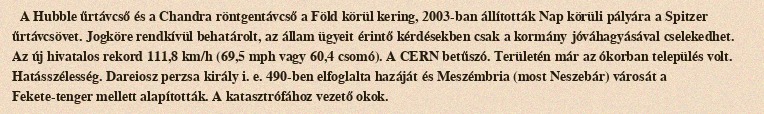
A Hubble űrtávcső és a Chandra röntgentávcső a Föld körül kering, 2003-ban állították Nap körüli pályára a Spitzer űrtávcsövet. Jogköre rendkívül behatárolt, az állam ügyeit érintő kérdésekben csak a kormány jóváhagyásával cselekedhet. Az új hivatalos rekord 111,8 km/h (69,5 mph vagy 60,4 csomó). A CERN betűszó. Területén már az ókorban település volt. Hatásszélesség. Dareiosz perzsa király i. e. 490-ben elfoglalta hazáját és Meszémbria (most Neszebár) városát a Fekete-tenger mellett alapították. A katasztrófához vezető okok.